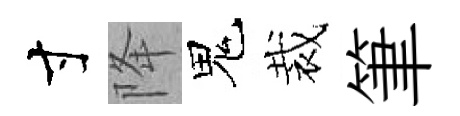
寸降鬼裁筆